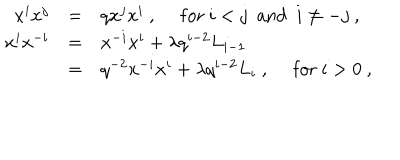
\begin{array} { r c l } { { x ^ { i } x ^ { j } } } & { { = } } & { { q x ^ { j } x ^ { i } ~ , ~ ~ \mathrm { f o r } ~ i < j ~ ~ \mathrm { a n d } ~ ~ i \not = - j ~ , } } \\ { { x ^ { i } x ^ { - i } } } & { { = } } & { { x ^ { - i } x ^ { i } + \lambda q ^ { i - 2 } L _ { i - 1 } } } \\ { { } } & { { = } } & { { q ^ { - 2 } x ^ { - i } x ^ { i } + \lambda q ^ { i - 2 } L _ { i } ~ , ~ ~ \mathrm { f o r } ~ i > 0 ~ , } } \\ \end{array}